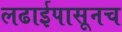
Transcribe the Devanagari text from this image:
लढाईपासूनच